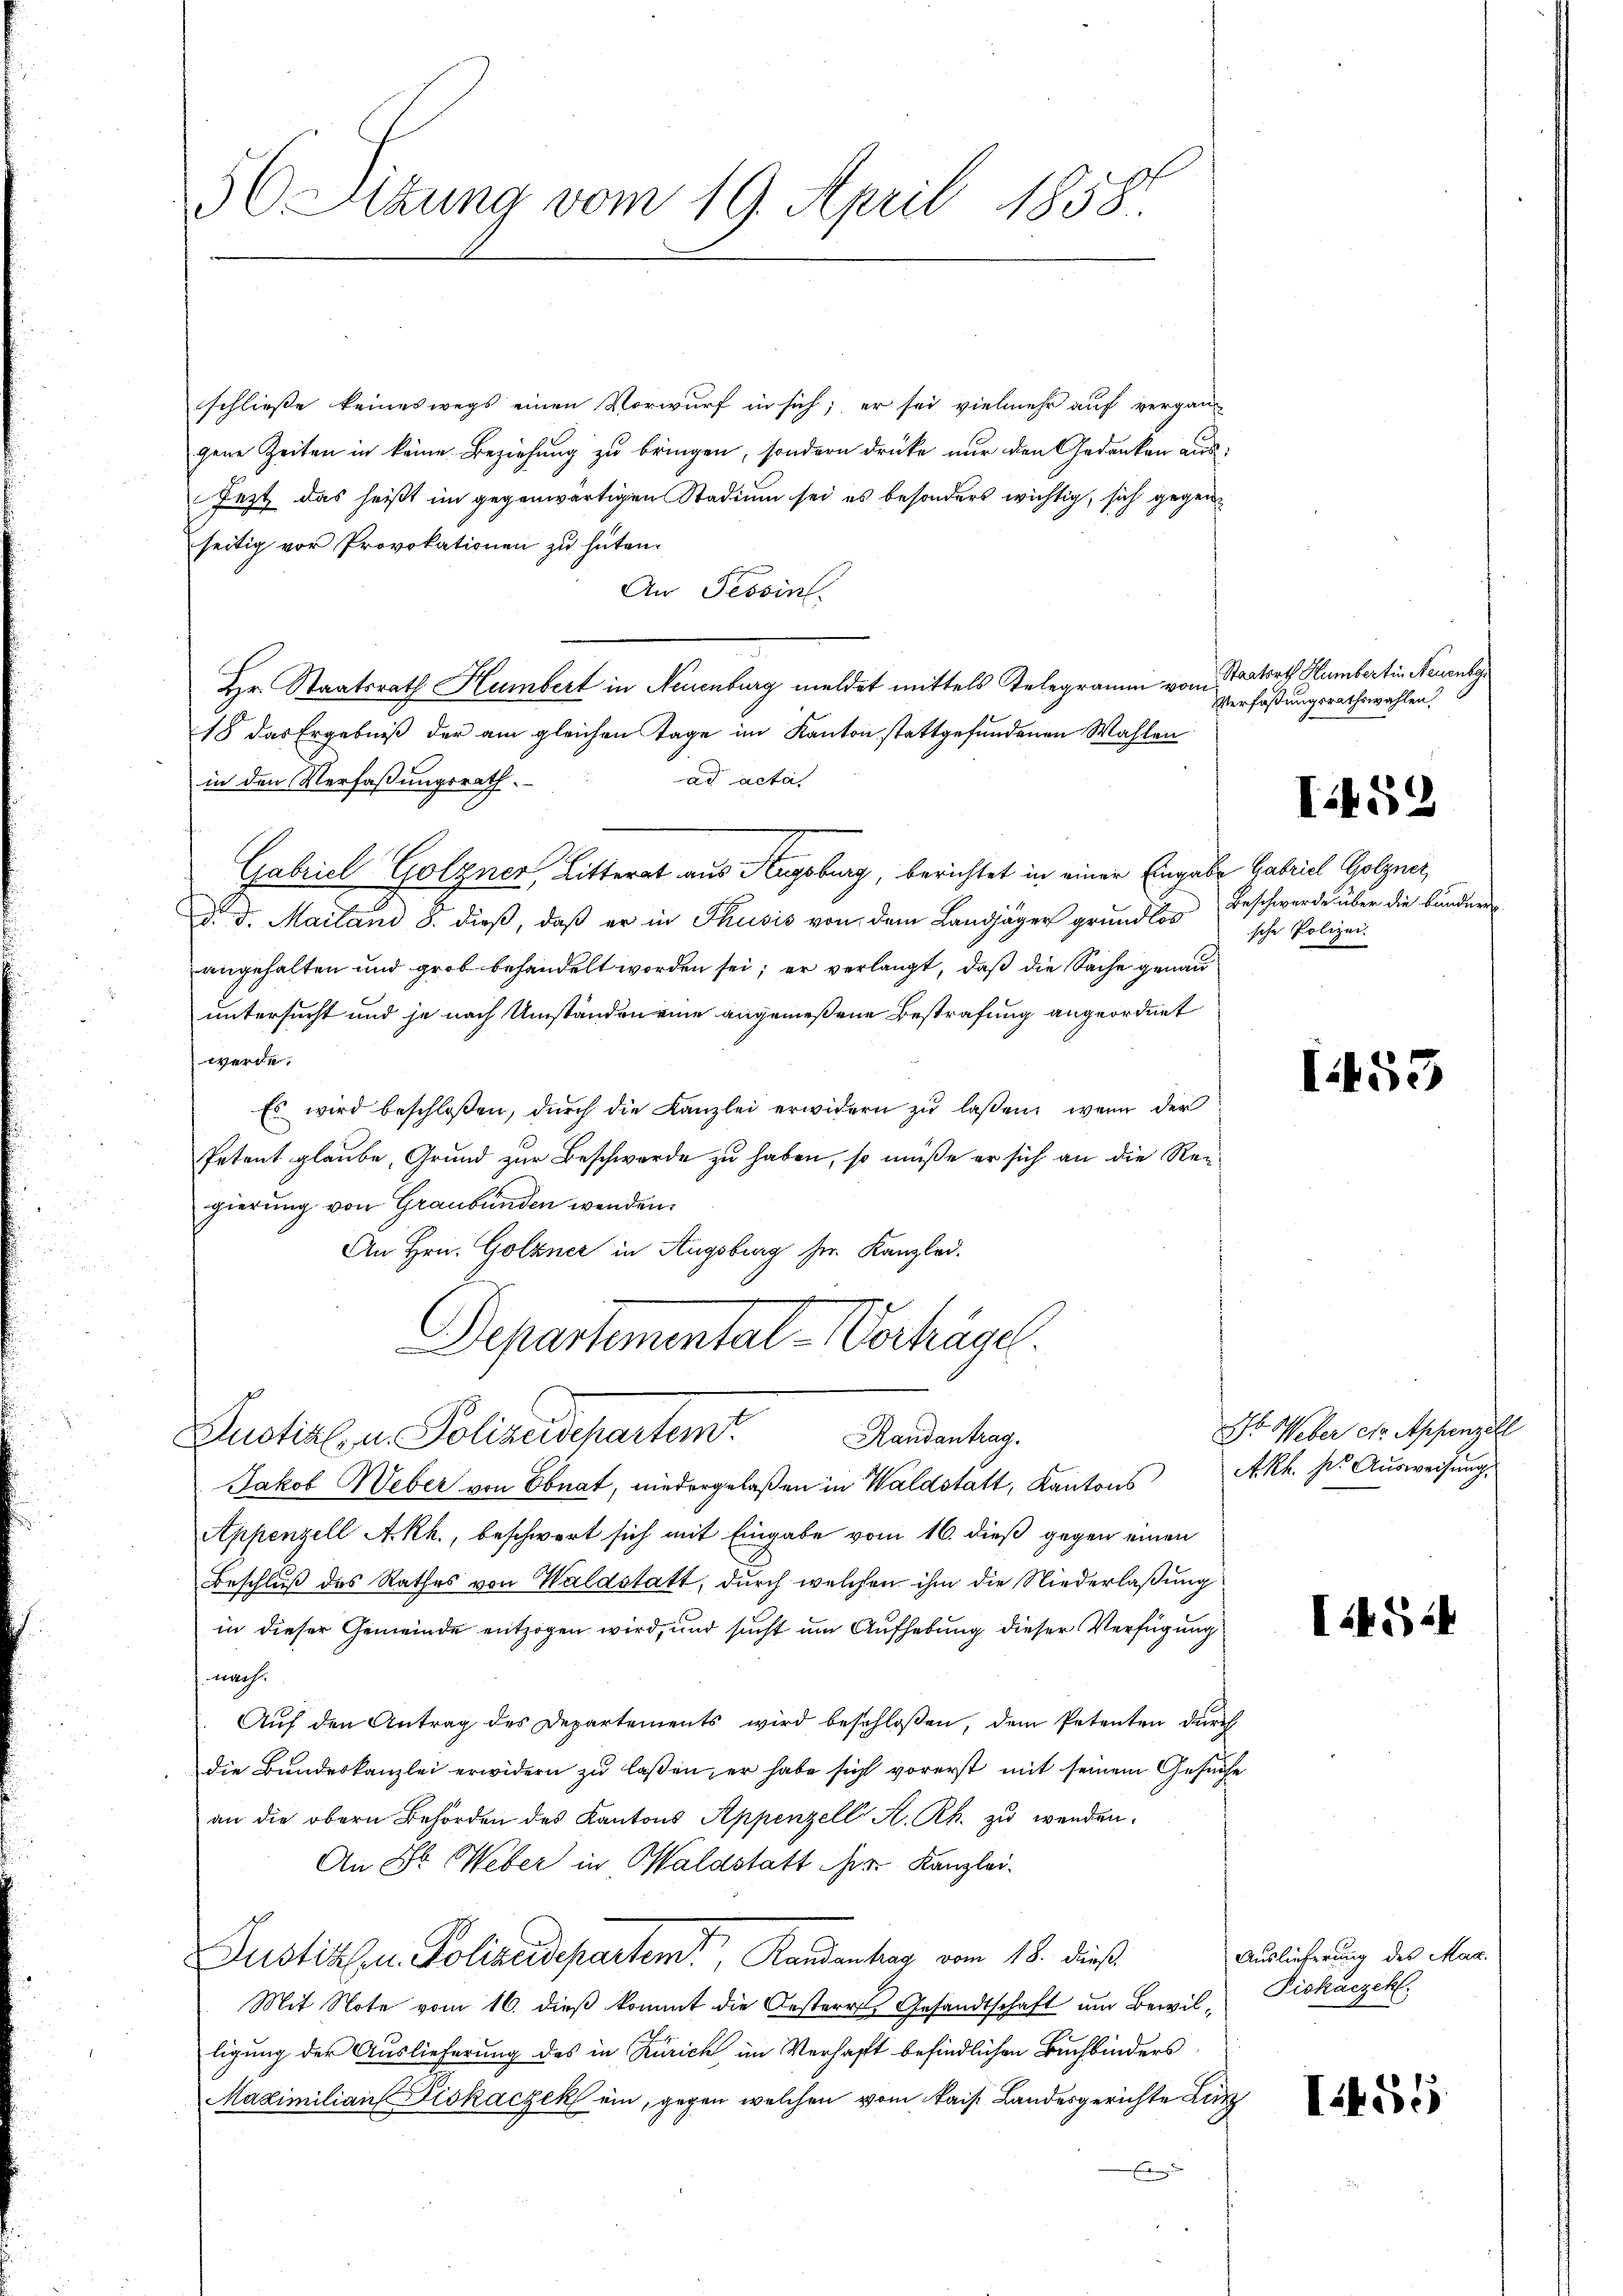
56 Sizung vom 19. April 1858.

schließe keineswegs einen Vorwurf in sich; er sei vielmehr auf vergan-
gene Zeiten in keine Beziehung zu bringen, sondern drücke nur den Gedanken aus:
Jezt das heißt im gegenwärtigen Stadium sei es besonders wichtig, sich gegenseitig vor Provokationen zu hüten.
An Tessin.
Hr. Staatsrath Humbert in Neuenburg meldet mittels Telegramm vom
18 das Ergebniß der am gleichen Tage im Kanton stattgefundenen Wahlen
ad acta
in den Verfaßungsrath.
Gabriel Golzner, Litterat aus Augsburg, berichtet in einer Eingabe Gabriel Golgner,
d. d. Mailani 8. dieß, daß er in Thusis von dem Landjäger grundlos
angehalten und grob behandelt worden sei; er verlangt, daß die Sache genau
untersucht und je nach Umständen eine angemeßene Bestrafung angeordnet
werde.
Es wird beschloßen, dŭrch die Kanzlei erwidern zŭ lassen, wenn der
Petent glaube, Grund zur Beschwerde zu haben, so müße er sich an die Regierung von Graubünden wenden.
An Hrn. Golzner in Augsburg her Kanzlei.
Departemental-Verkäsel.
Puotire, u. Polizeidepartem
Randantrag.
Jakob Weber von Ebnat, niedergelaßen in Waldstatt, Kantons A.Rh. pr. Ausweisung.
Appenzell A.Rh., beschwert sich mit Eingabe vom 16. dieß gegen einen
Beschluß des Rathes von Waldstatt, durch welchen ihm die Niederlaßung
in dieser Gemeinde entzogen wird, und sucht um Aufhebung dieser Verfügung
nach.
Auf den Antrag des Departements wird beschloßen, dem Petenten durch
die Bundeskanzlei erwidern zŭ lassen, er habe sich vorerst mit seinem Gesuche
an die obern Behörden des Kantons Appenzell A. Rh. zŭ wenden.
An Dr. Weber in Waldstatt herr Kanzlei-
Justizen Polizeideparten, Randentar vom 18. dieß
Mit Note vom 16. dieß kommt die Oesterre Gesandtschaft um Bewil- Piskaczehl.
ligung der Auslieferung des in Zürich im Verhaft befindlichen Buchbinders
Maximilian Fiskaczek ein, gegen welchen vom kais. Landesgerichte Lin
E

Staatsrth. Humbertin Neuenber
Verfaßungsrathswahlen

Iit 59

Beschwerde über die Bunder
sche Polizei.

1453

St. Weber die Appenzell

I452

Auslieferung des Mag.

I.456